Leprosy in India: report of the Leprosy Commission in India, 1890-91
Year: 1890
Disease focus: Leprosy
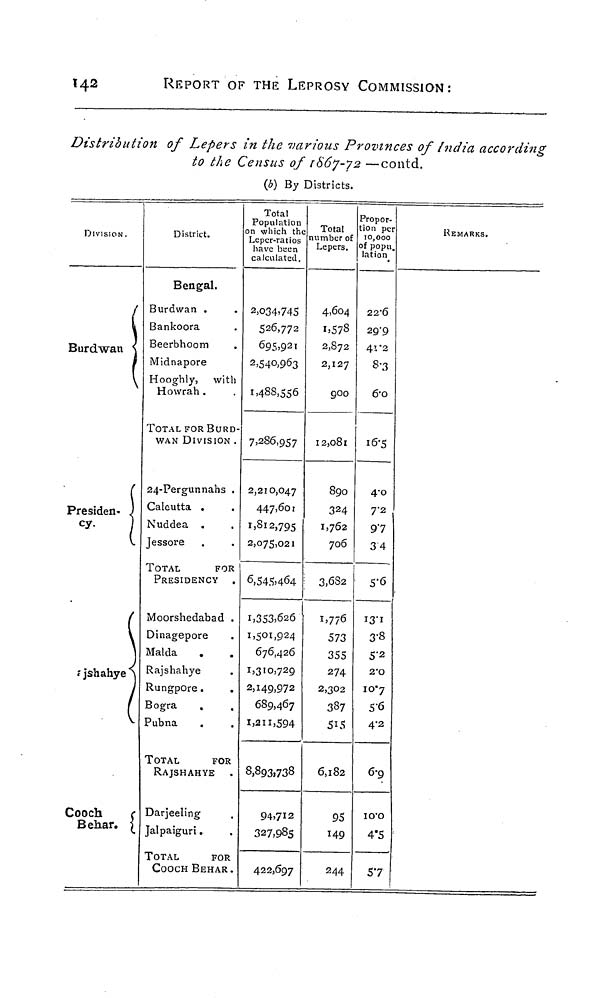
142
REPORT OF THE LEPROSY COMMISSION:
Distribution of Lepers in the various Provinces of India according
to the Census of 1867-72 —contd.
(ó) By Districts.
DIVISION.
Burdwan
Presiden-
cy.
a jshahye
Cooch
Behar.
District.
Bengal.
Burdwan .
Bankoora
Beerbhoom
Midnapore
Hooghly, with
Howrah.
TOTAL FOR BURD-
WAN DIVISION .
24-Pergunnahs .
Calcutta .
Nuddea .
Jessore
TOTAL
FOR
PRESIDENCY
.
Moorshedabad .
Dinagepore
Mal da
Rajshahye
Rungpore.
.
Bogra
.
Pubna
TOTAL
FOR
RAJSHAHYE
Darjeeling
Jalpaiguri.
TOTAL
FOR
COOCH BEHAR.
Total
Population
on which the
Leper-ratios
have been
calculated.
2,034,745
526,772
695,921
2,540,963
1,488,556
7,286,957
2,210,047
447,601
1,812,795
2,075,021
6,545,464
1,353,626
1,501,924
676,426
1,310,729
2,149,972
689,467
1,211,594
8,893,738
94,712
327,985
422,697
Total
number of
Lepers.
4,604
1.578
2,872
2,127
900
12,081
890
324
1,762
706
3,6S2
1,776
573
355
274
2,302
387
515
6,182
95
149
244
Propor-
tion per
10,000
of popu.
lation
22.6
29.9
41.2
8.3
6.o
16.5
4.0
7'2
97
34
5.6
13.1
3.8
5.2
2.0
10.7
5.6
4.2
6.9
10.0
4.5
57
REMARKS.